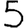
Digit: 5